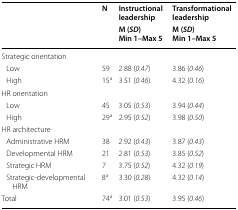
<table><thead><tr><td rowspan="2"></td><td rowspan="2"><b>N</b></td><td><b>Instructional leadership</b></td><td><b>Transformational leadership</b></td></tr><tr><td><b>M (<i>SD</i>)Min 1–Max 5</b></td><td><b>M (<i>SD</i>)Min 1–Max 5</b></td></tr></thead><tbody><tr><td colspan="4">Strategic orientation</td></tr><tr><td> Low</td><td>59</td><td>2.88 (<i>0.47</i>)</td><td>3.86 (<i>0.46</i>)</td></tr><tr><td> High</td><td>15<sup>a</sup></td><td>3.51 (<i>0.46</i>)</td><td>4.32 (<i>0.16</i>)</td></tr><tr><td colspan="4">HR orientation</td></tr><tr><td> Low</td><td>45</td><td>3.05 (<i>0.53</i>)</td><td>3.94 (<i>0.44</i>)</td></tr><tr><td> High</td><td>29<sup>a</sup></td><td>2.95 (<i>0.52</i>)</td><td>3.98 (<i>0.50</i>)</td></tr><tr><td colspan="4">HR architecture</td></tr><tr><td> Administrative HRM</td><td>38</td><td>2.92 (<i>0.43</i>)</td><td>3.87 (<i>0.43</i>)</td></tr><tr><td> Developmental HRM</td><td>21</td><td>2.81 (<i>0.53</i>)</td><td>3.85 (<i>0.52</i>)</td></tr><tr><td> Strategic HRM</td><td>7</td><td>3.75 (<i>0.52</i>)</td><td>4.32 (<i>0.19</i>)</td></tr><tr><td> Strategic-developmental HRM</td><td>8<sup>a</sup></td><td>3.30 (<i>0.28</i>)</td><td>4.32 (<i>0.14</i>)</td></tr><tr><td>Total</td><td>74<sup>a</sup></td><td>3.01 (<i>0.53</i>)</td><td>3.95 (<i>0.46</i>)</td></tr></tbody></table>